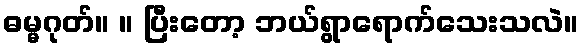
ဓမ္မဂုတ်။ ။ ပြီးတော့ ဘယ်ရွာရောက်သေးသလဲ။